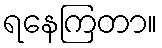
ရနေကြတာ။